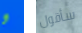
و سأقول